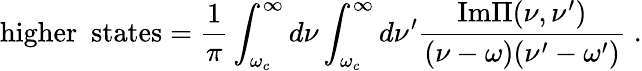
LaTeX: \mathrm{higher~~states}=\frac{1}{\pi}\int_{\omega_{c}}^{\infty}d\nu\int_{\omega_{c}}^{\infty}d\nu^{\prime}\frac{\mathrm{Im}\Pi(\nu,\nu^{\prime})}{(\nu-\omega)(\nu^{\prime}-\omega^{\prime})}\; .